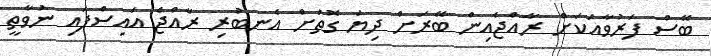
ބޭސް ފަރުވާއަކަށް ރާއްޖެއިން ބޭރަށް ދިޔަ ގޮތަށް އެނބުރި ރާއްޖެ އައިސްފައި ނުވާތީ